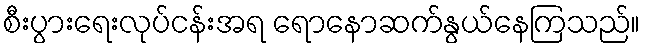
စီးပွားရေးလုပ်ငန်းအရ ရောနောဆက်နွယ်နေကြသည်။